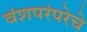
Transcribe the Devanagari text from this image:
वंशपरंपरेचे